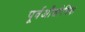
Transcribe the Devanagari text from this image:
पूर्वऔद्योगिक